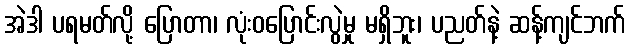
အဲဒါ ပရမတ်လို့ ပြောတာ၊ လုံးဝပြောင်းလွဲမှု မရှိဘူး၊ ပညတ်နဲ့ ဆန့်ကျင်ဘက်